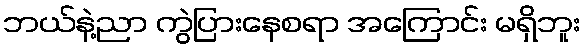
ဘယ်နဲ့ညာ ကွဲပြားနေစရာ အကြောင်း မရှိဘူး